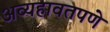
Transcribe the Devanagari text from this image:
अव्यहावतपणे